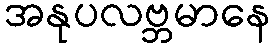
အနုပလဗ္ဘမာနေ